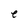
Character: e